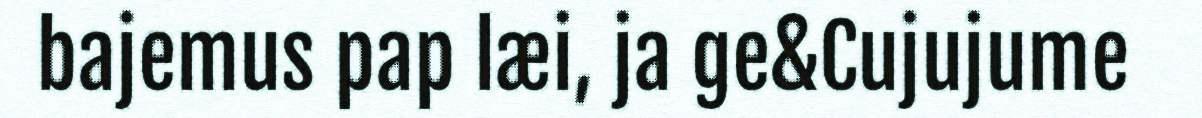
bajemus pap læi, ja ge&Cujujume